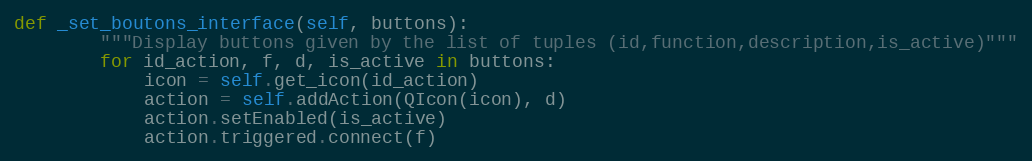
Language: Python
def _set_boutons_interface(self, buttons):
        """Display buttons given by the list of tuples (id,function,description,is_active)"""
        for id_action, f, d, is_active in buttons:
            icon = self.get_icon(id_action)
            action = self.addAction(QIcon(icon), d)
            action.setEnabled(is_active)
            action.triggered.connect(f)